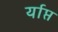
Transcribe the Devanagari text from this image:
र्याप्त